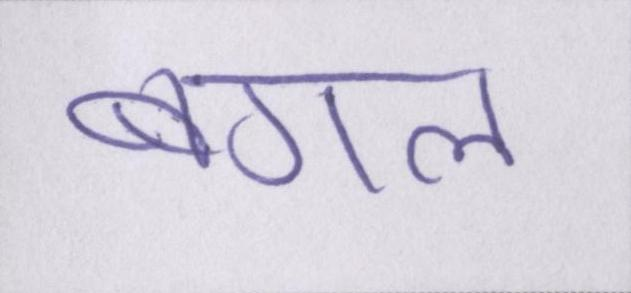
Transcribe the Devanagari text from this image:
बगल